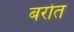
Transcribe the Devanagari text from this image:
बरोत